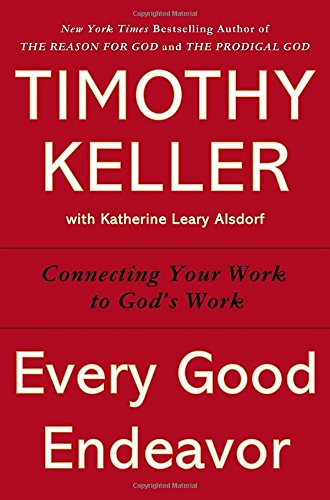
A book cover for Every Good Endeavor: Connecting Your Work to God's Work; Timothy Keller; Christian Books & Bibles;